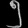
Digit: ၅